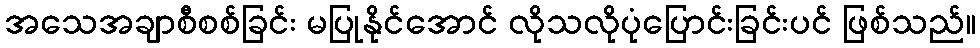
အသေအချာစီစစ်ခြင်း မပြုနိုင်အောင် လိုသလိုပုံပြောင်းခြင်းပင် ဖြစ်သည်။